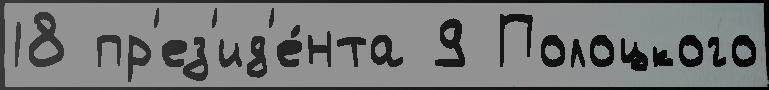
18 пр'ез'ид'е́нта 9 Полоцкого